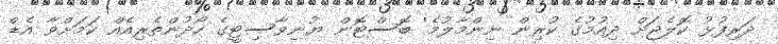
ދަރިފުޅު ކޮލެޖަށް ދިއުމުގެ ކުރިން ނިންމާލުމެ' ބޮސްޓޮން ޔުނިވާސިޓީގެ ހޯދުންތެރިއެއް ކަމަށްވާ އެޑް